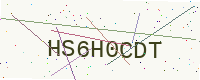
Text: HS6H0CDT